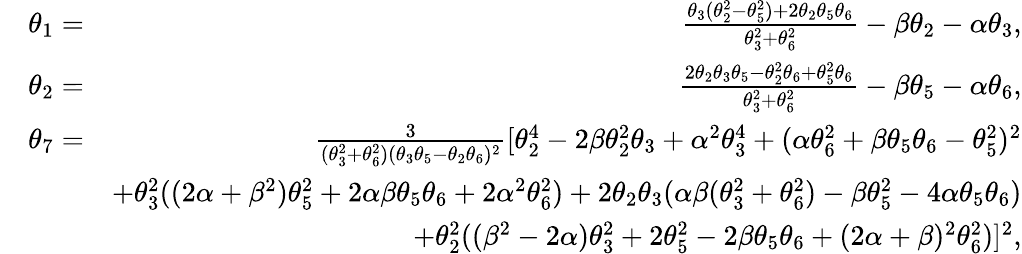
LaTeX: \begin{array}{rlr}&{\theta_{1}=}&{\frac{\theta_{3}(\theta_{2}^{2}-\theta_{5}^{2})+2\theta_{2}\theta_{5}\theta_{6}}{\theta_{3}^{2}+\theta_{6}^{2}}-\beta\theta_{2}-\alpha\theta_{3},}\\ &{\theta_{2}=}&{\frac{2\theta_{2}\theta_{3}\theta_{5}-\theta_{2}^{2}\theta_{6}+\theta_{5}^{2}\theta_{6}}{\theta_{3}^{2}+\theta_{6}^{2}}-\beta\theta_{5}-\alpha\theta_{6},}\\ &{\theta_{7}=}&{\frac{3}{(\theta_{3}^{2}+\theta_{6}^{2})(\theta_{3}\theta_{5}-\theta_{2}\theta_{6})^{2}}[\theta_{2}^{4}-2\beta\theta_{2}^{2}\theta_{3}+\alpha^{2}\theta_{3}^{4}+(\alpha\theta_{6}^{2}+\beta\theta_{5}\theta_{6}-\theta_{5}^{2})^{2}}\\ &{}&{+\theta_{3}^{2}((2\alpha+\beta^{2})\theta_{5}^{2}+2\alpha\beta\theta_{5}\theta_{6}+2\alpha^{2}\theta_{6}^{2})+2\theta_{2}\theta_{3}(\alpha\beta(\theta_{3}^{2}+\theta_{6}^{2})-\beta\theta_{5}^{2}-4\alpha\theta_{5}\theta_{6})}\\ &{}&{+\theta_{2}^{2}((\beta^{2}-2\alpha)\theta_{3}^{2}+2\theta_{5}^{2}-2\beta\theta_{5}\theta_{6}+(2\alpha+\beta)^{2}\theta_{6}^{2})]^{2},}\end{array}